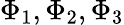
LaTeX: \Phi_{1},\Phi_{2},\Phi_{3}